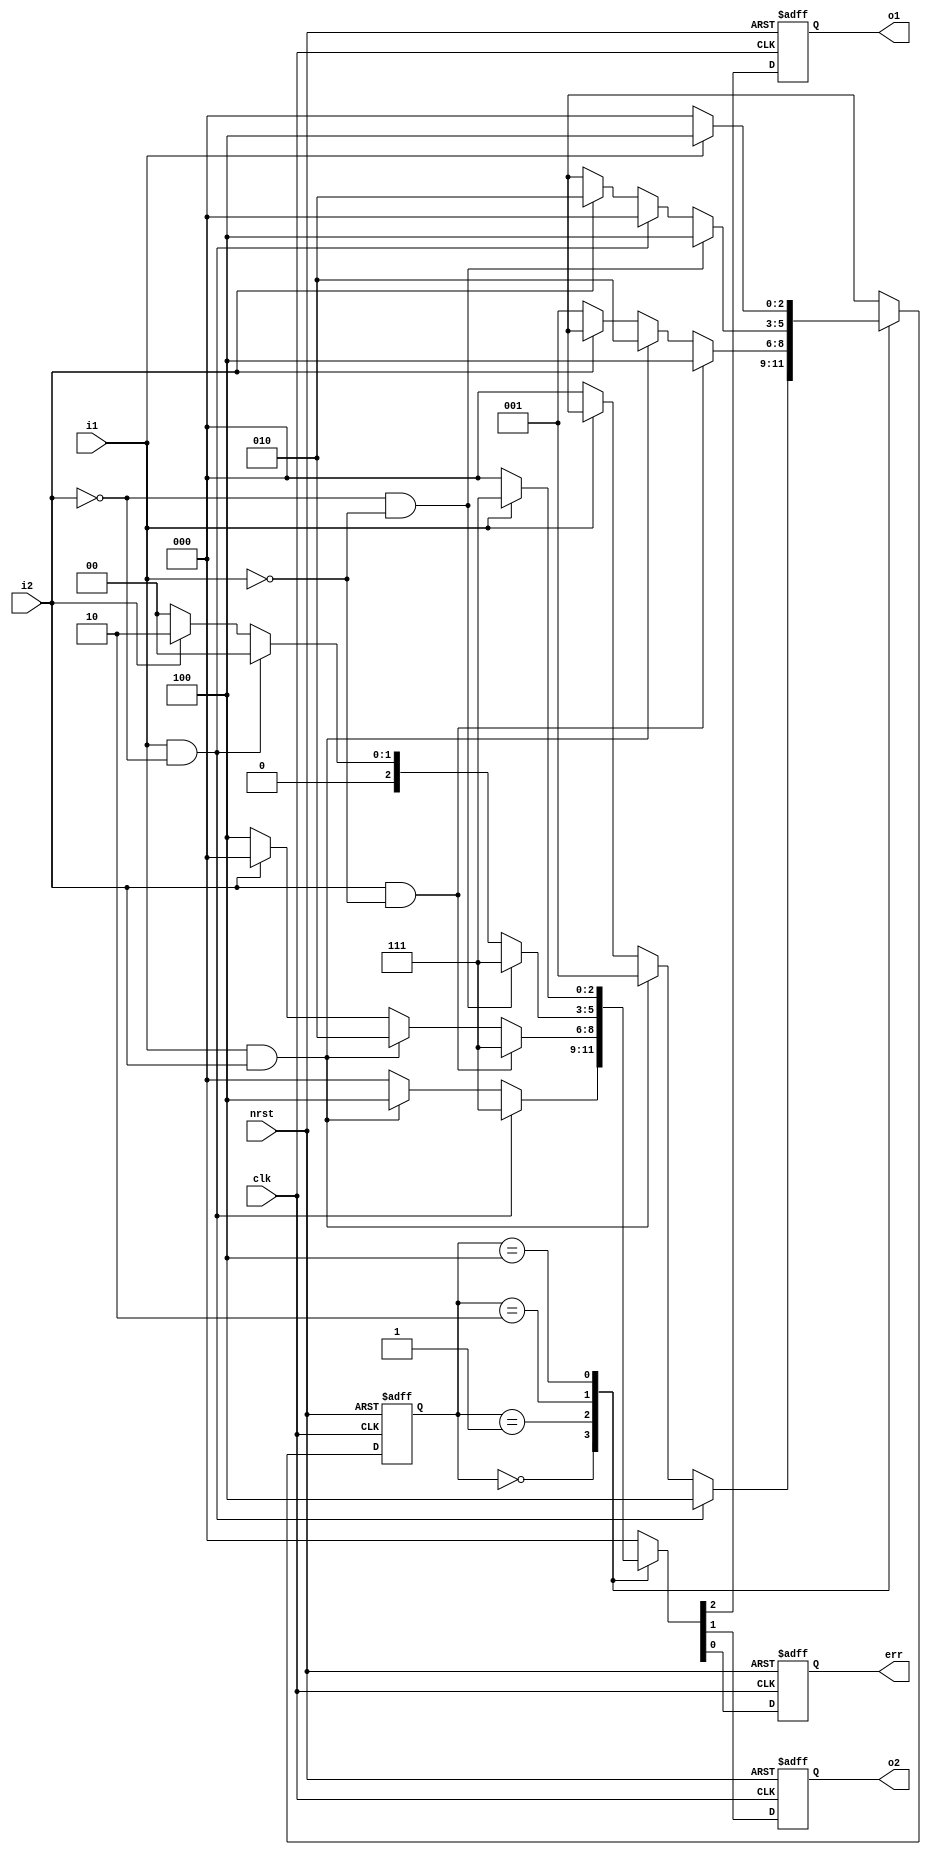
//1-paragraph method to decribe FSM
//Describe state transition, state output, state input condition in only 1 always block
//Westor, Dec. 2006
//Verilog Usage Book

module state1 ( nrst,clk,
                i1,i2,
                o1,o2,
                err
               );
             
input          nrst,clk;
input          i1,i2;
output         o1,o2,err;
reg            o1,o2,err;

reg    [2:0]   NS; //NextState

parameter [2:0]      //one hot with zero idle
      IDLE   = 3'b000,
      S1     = 3'b001,
      S2     = 3'b010,
      ERROR  = 3'b100;


//1 always block to describe state transition, state output, state input condition
always @ (posedge clk or negedge nrst)
 if (!nrst)
    begin
       NS         <= IDLE;
      {o1,o2,err} <= 3'b000;
    end
 else
    begin
       NS         <=  3'bx;
      {o1,o2,err} <=  3'b000;
      case (NS)
        IDLE:  begin
                 if (~i1)         begin{o1,o2,err}<=3'b000;NS <= IDLE; end
                 if (i1 && i2)    begin{o1,o2,err}<=3'b100;NS <= S1;   end
                 if (i1 && ~i2)   begin{o1,o2,err}<=3'b111;NS <= ERROR;end
               end
        S1:    begin
                 if (~i2)         begin{o1,o2,err}<=3'b100;NS <= S1;   end
                 if (i2 && i1)    begin{o1,o2,err}<=3'b010;NS <= S2;   end
                 if (i2 && (~i1)) begin{o1,o2,err}<=3'b111;NS <= ERROR;end
               end
        S2:    begin
                 if (i2)          begin{o1,o2,err}<=3'b010;NS <= S2;   end
                 if (~i2 && i1)   begin{o1,o2,err}<=3'b000;NS <= IDLE; end
                 if (~i2 && (~i1))begin{o1,o2,err}<=3'b111;NS <= ERROR;end
               end
        ERROR: begin
                 if (i1)          begin{o1,o2,err}<=3'b111;NS <= ERROR;end
                 if (~i1)         begin{o1,o2,err}<=3'b000;NS <= IDLE; end
               end
      endcase
   end
   
endmodule